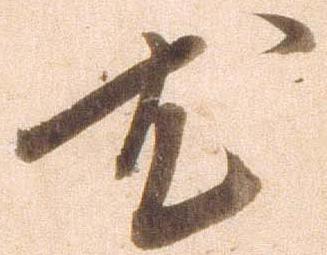
尤